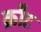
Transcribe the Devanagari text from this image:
क्रौट